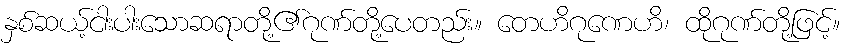
နှစ်ဆယ့်ငါးပါးသောဆရာတို့၏ဂုဏ်တို့ပေတည်း။ တေဟိဂုဏေဟိ၊ ထိုဂုဏ်တို့ဖြင့်။